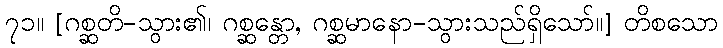
၇၁။ [ဂစ္ဆတိ-သွား၏၊ ဂစ္ဆန္တော, ဂစ္ဆမာနော-သွားသည်ရှိသော်။] တိစသော